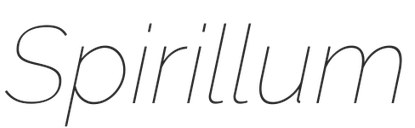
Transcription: Spirillum